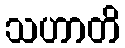
သဟာတိ